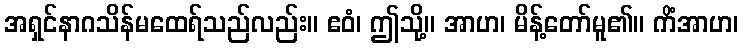
အရှင်နာဂသိန်မထေရ်သည်လည်း။ ဧဝံ၊ ဤသို့။ အာဟ၊ မိန့်တော်မူ၏။ ကိံအာဟ၊